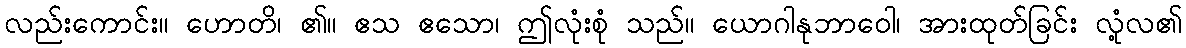
လည်းကောင်း။ ဟောတိ၊ ၏။ ဧသ ဧသော၊ ဤလုံးစုံ သည်။ ယောဂါနုဘာဝေါ၊ အားထုတ်ခြင်း လုံ့လ၏